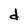
Character: d